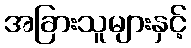
အခြားသူများနှင့်